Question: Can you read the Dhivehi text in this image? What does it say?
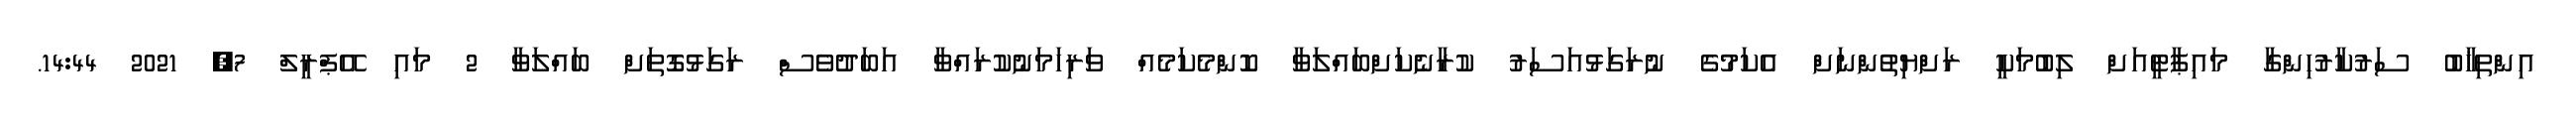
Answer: އިންތިޚާބު ސަރުކާރުހިންގާ މައިޕާޓީއަށް ލިބުމަކީ ރަށްޔިތުންނަށް އެކަމުގެ ނުރަގަޅުއަސަރު ކުރާނެކަށްބައްލަވާ ކޮންމެކަމެއް ވަރިހަމަނުކުރައްވާ އަބަދުވެސް ރަގަޅުގޮތަށް ބައްލަވާ 2 މައި އޭޕްރީލް 7, 2021 14:44.